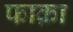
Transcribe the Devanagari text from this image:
फाक़ा